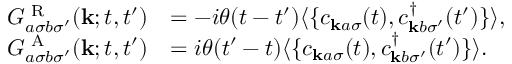
\begin{array} { r l } { G _ { a \sigma b \sigma ^ { \prime } } ^ { \textrm { R } } ( \mathbf { k } ; t , t ^ { \prime } ) } & { = - i \theta ( t - t ^ { \prime } ) \langle \{ c _ { \mathbf { k } a \sigma } ( t ) , c _ { \mathbf { k } b \sigma ^ { \prime } } ^ { \dagger } ( t ^ { \prime } ) \} \rangle , } \\ { G _ { a \sigma b \sigma ^ { \prime } } ^ { \textrm { A } } ( \mathbf { k } ; t , t ^ { \prime } ) } & { = i \theta ( t ^ { \prime } - t ) \langle \{ c _ { \mathbf { k } a \sigma } ( t ) , c _ { \mathbf { k } b \sigma ^ { \prime } } ^ { \dagger } ( t ^ { \prime } ) \} \rangle . } \end{array}